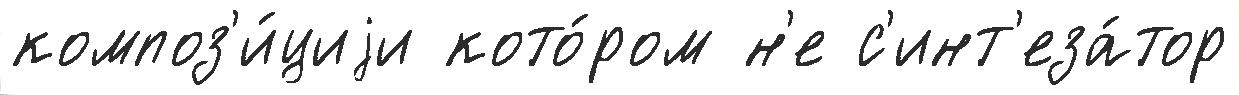
композ'и́циjи кото́ром н'е с'инт'еза́тор